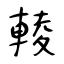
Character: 輘